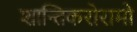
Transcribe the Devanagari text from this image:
शान्तिकरोरामो